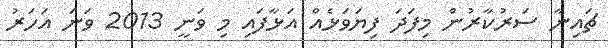
ޗައިނާ ސަރުކާރުން މިފަދަ ފިޔަވަޅެއް އަޅާފައި މި ވަނީ 2013 ވަނަ އަހަރު